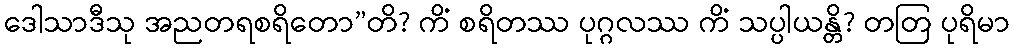
ဒေါသာဒီသု အညတရစရိတော”တိ? ကိံ စရိတဿ ပုဂ္ဂလဿ ကိံ သပ္ပါယန္တိ? တတြ ပုရိမာ